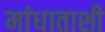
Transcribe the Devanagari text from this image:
मांधाताशी